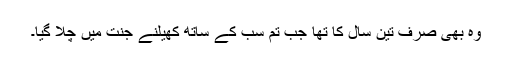
وہ بھی صرف تین سال کا تھا جب تم سب کے ساتھ کھیلنے جنت میں چلا گیا۔